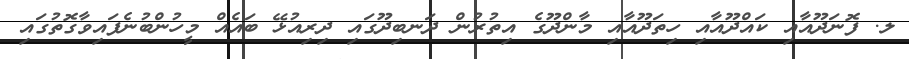
ލ. ފޮނަދޫއާއި ކައްދޫއާއި ހިތަދޫއާއި މާންދޫގެ އިތުރުން ދަނބިދޫގައި ދިރިއުޅޭ ބައެއް މީހުންބުނެފައިވާގޮތުގައި